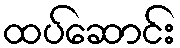
ထပ်ဆောင်း